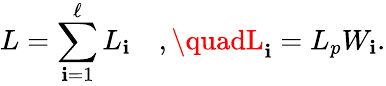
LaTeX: L=\sum_{\mathbf{i}=1}^{\ell}L_{\mathbf{i}}\quad,\quadL_{\mathbf{i}}=L_{p}W_{\mathbf{i}}.